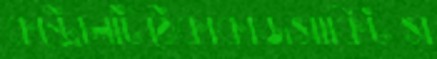
কন্ট্রোলটিঠেকাকাজসার্কিটস